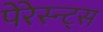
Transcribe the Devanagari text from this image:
पेरेस्न्ट्स